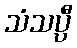
သံသပ္ပီ